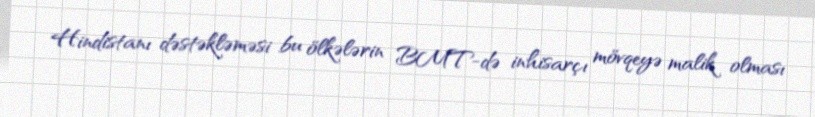
Hindistanı dəstəkləməsi bu ölkələrin BMT-də inhisarçı mövqeyə malik olması